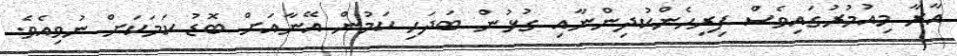
އާރާ މިއުމުރުގައިވެސް ފިރިހެންކުދިންނާއި ގުޅުން ބަދަހި ކަމުން އޭނާއަށް ބޮޑު ކަމަކަށް ނުވިއެވެ.